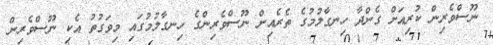
ނޫސްވެރިން ކުރިއަށް ގެންދާ ހިނގާލުމުގެ ތެރެއިން ނޫސްވެރިންގެ ހިނގާލުމުގައި މިވަގުތު އެކި ނޫސްވެރިން